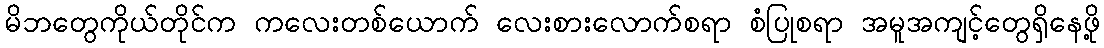
မိဘတွေကိုယ်တိုင်က ကလေးတစ်ယောက် လေးစားလောက်စရာ စံပြုစရာ အမူအကျင့်တွေရှိနေဖို့